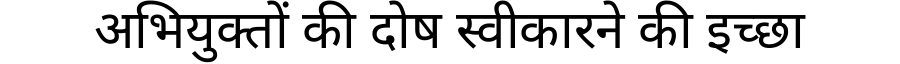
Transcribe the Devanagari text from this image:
अभियुक्तों की दोष स्वीकारने की इच्छा